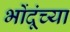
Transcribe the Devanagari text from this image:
भोंदूंच्या